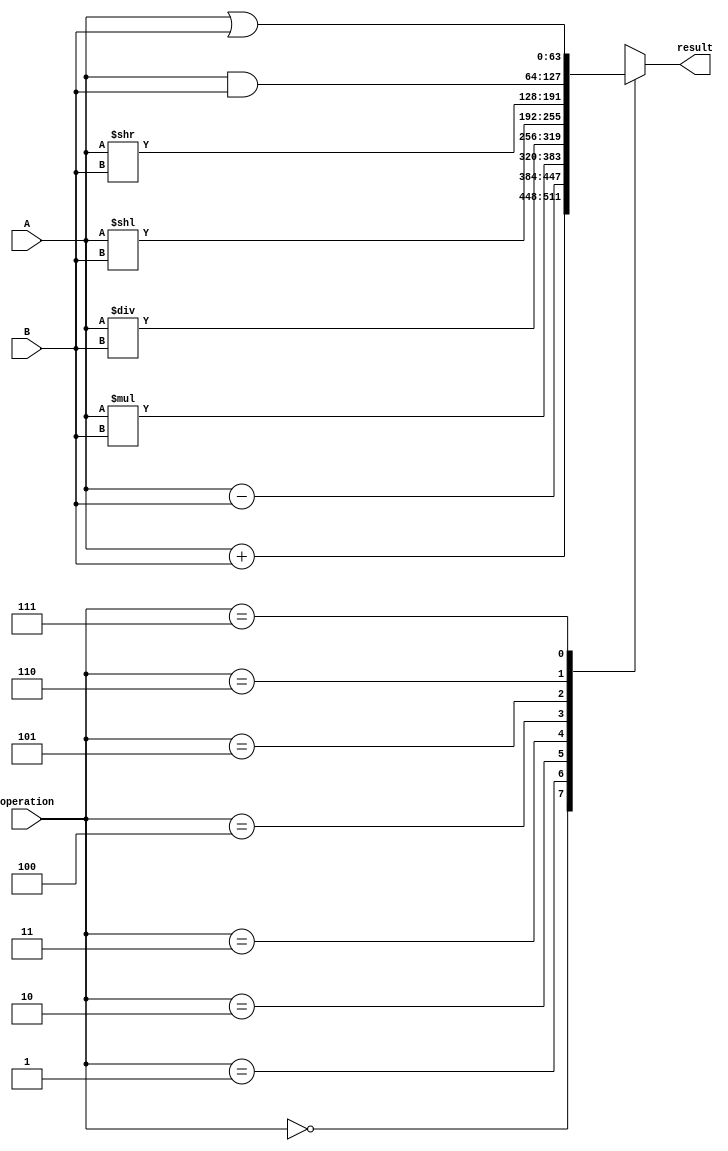
module ALU_64bit (
    input [63:0] A,
    input [63:0] B,
    input [2:0] operation,
    output reg [63:0] result
);

always @(*)
begin
    case(operation)
        3'b000: result = A + B; // Addition
        3'b001: result = A - B; // Subtraction
        3'b010: result = A * B; // Multiplication
        3'b011: result = A / B; // Division
        3'b100: result = A << B; // Shift left
        3'b101: result = A >> B; // Shift right
        3'b110: result = A & B; // Logical AND
        3'b111: result = A | B; // Logical OR
    endcase
end

endmodule